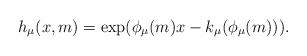
LaTeX: \begin{align*}h_{\mu}(x,m)=\exp(\phi_\mu(m) x-k_\mu(\phi_\mu(m))).\end{align*}